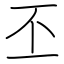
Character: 丕